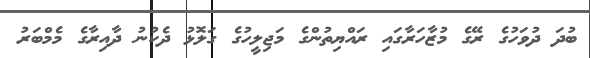
ބުދަ ދުވަހުގެ ރޭގެ މުޒާހަރާގައި ރައްޔިތުންގެ މަޖިލީހުގެ ގަލޮޅު ދެކުނު ދާއިރާގެ މެމްބަރު